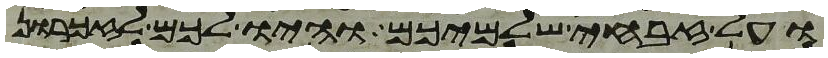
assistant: ועל זבחי שלמיכם והיו לכם לזכרון